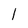
Character: l